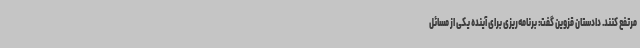
مرتفع کنند. دادستان قزوین گفت: برنامه‌ریزی برای آینده یکی از مسائل